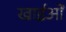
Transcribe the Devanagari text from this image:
खाईओं